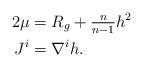
LaTeX: \begin{align*} 2\mu&=R_g +\tfrac{n}{n-1}h^2\\ J^i&= \nabla^ih.\end{align*}